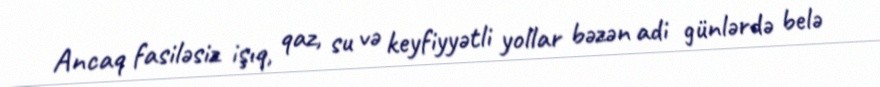
Ancaq fasiləsiz işıq, qaz, su və keyfiyyətli yollar bəzən adi günlərdə belə